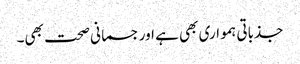
جذباتی ہمواری بھی ہے اور جسمانی صحت بھی۔